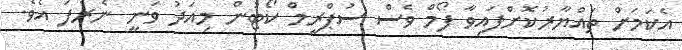
އެކަމަށް ތައްޔާރުކޮށްފައިވާ ފޯމް ވެސް ސުޕްރީމް ކޯޓުން މިއަދު ވަނީ ނެރެފަ އެވެ.